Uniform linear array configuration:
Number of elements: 12
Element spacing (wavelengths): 0.5
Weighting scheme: hamming
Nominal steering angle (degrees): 30
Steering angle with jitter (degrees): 28.869
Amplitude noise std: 0.05
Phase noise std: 0.05

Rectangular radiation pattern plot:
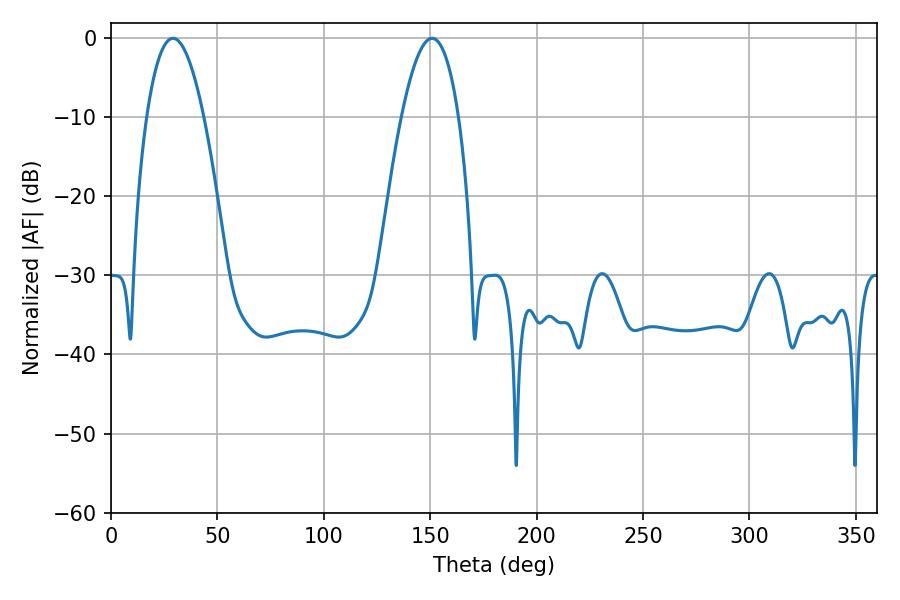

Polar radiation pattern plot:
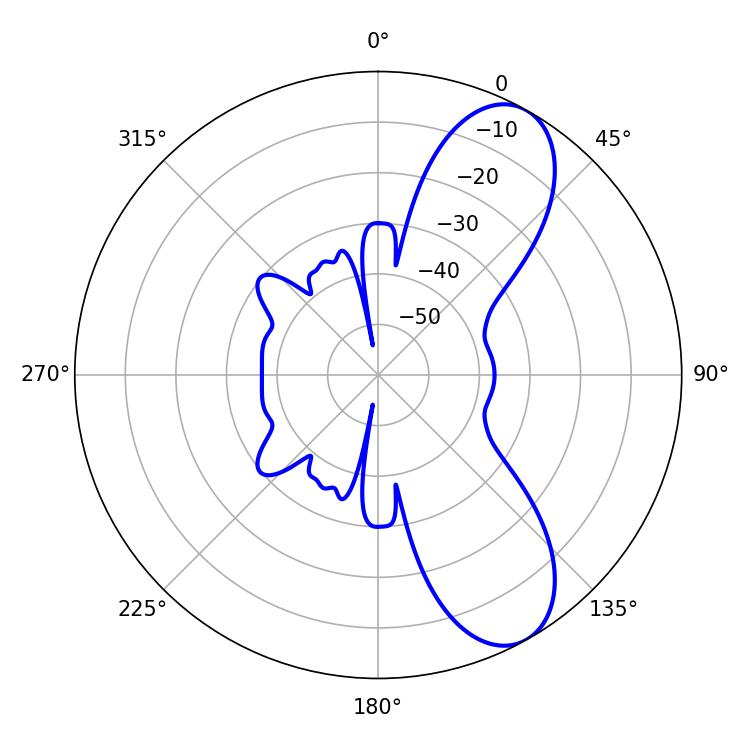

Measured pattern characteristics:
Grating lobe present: FALSE
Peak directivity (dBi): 8.653
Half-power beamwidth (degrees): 14.94
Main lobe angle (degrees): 29.16